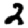
Digit: 2